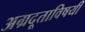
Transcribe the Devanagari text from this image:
अग्रदूताविषयी